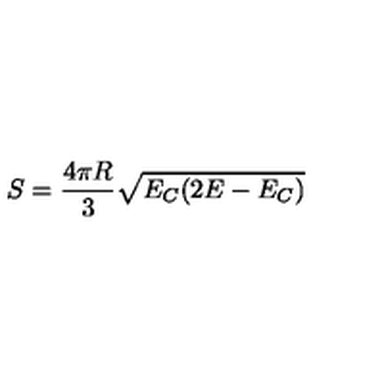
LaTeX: S = \frac { 4 \pi R } { 3 } \sqrt { E _ { C } ( 2 E - E _ { C } ) }